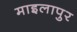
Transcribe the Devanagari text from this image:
माइलापुर